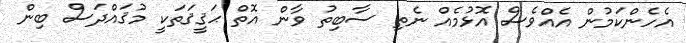
އެހެންކަމުން އެއްވެސް އޮޅުމެއް ނެތި ސާބިތު ވާން އޮތް ޙަޤީޤަތަކީ މުޤައްދަސް ބިން